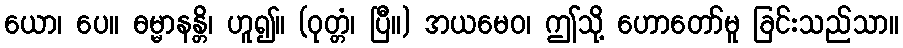
ယော၊ ပေ။ ဓမ္မာနန္တိ၊ ဟူ၍။ (ဝုတ္တံ၊ ပြီ။) အယမေဝ၊ ဤသို့ ဟောတော်မူ ခြင်းသည်သာ။